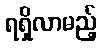
ရရှိလာမည့်